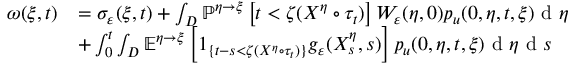
\begin{array} { r l } { \omega ( \xi , t ) } & { = \sigma _ { \varepsilon } ( \xi , t ) + \int _ { D } \mathbb { P } ^ { \eta \rightarrow \xi } \left[ t < \zeta ( X ^ { \eta } \circ \tau _ { t } ) \right] W _ { \varepsilon } ( \eta , 0 ) p _ { u } ( 0 , \eta , t , \xi ) \textrm { d } \eta } \\ & { + \int _ { 0 } ^ { t } \int _ { D } \mathbb { E } ^ { \eta \rightarrow \xi } \left[ 1 _ { \{ t - s < \zeta ( X ^ { \eta } \circ \tau _ { t } ) \} } g _ { \varepsilon } ( X _ { s } ^ { \eta } , s ) \right] p _ { u } ( 0 , \eta , t , \xi ) \textrm { d } \eta \textrm { d } s } \end{array}